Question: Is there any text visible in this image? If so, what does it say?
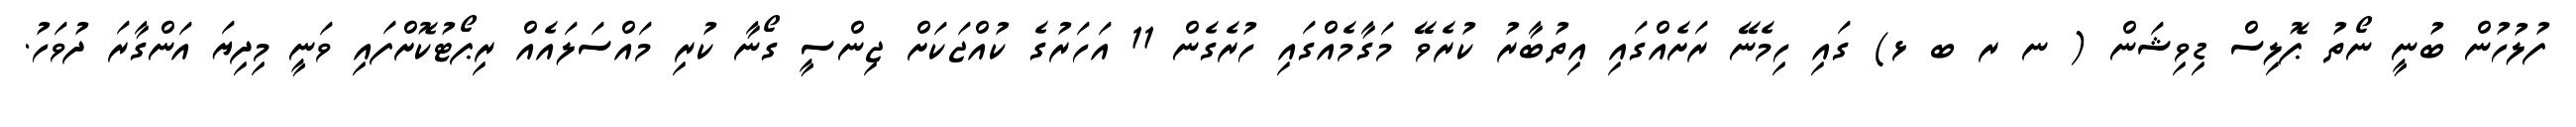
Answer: ފުލުހުން ބުނީ ނޯތު ޕޮލިސް ޑިވިޝަން ( ނ ރ ބ ޅ) ގައި ހިމެނޭ ރަށެއްގައި އިތުބާރު ކުރެވޭ މަގާމެއްގައި ހުރެގެން 11 އަހަރުގެ ކުއްޖަކަށް ޖިންސީ ގޯނާ ކުރި މައްސަލައެއް ރިޕޯޓުކޮށްފައި ވަނީ މިދިޔަ އަންގާރަ ދުވަހު.